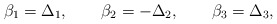
\begin{align*}\beta_1 = \Delta_{1}, \qquad \beta_2 = - \Delta_{2}, \qquad\beta_3 = \Delta_{3},\end{align*}